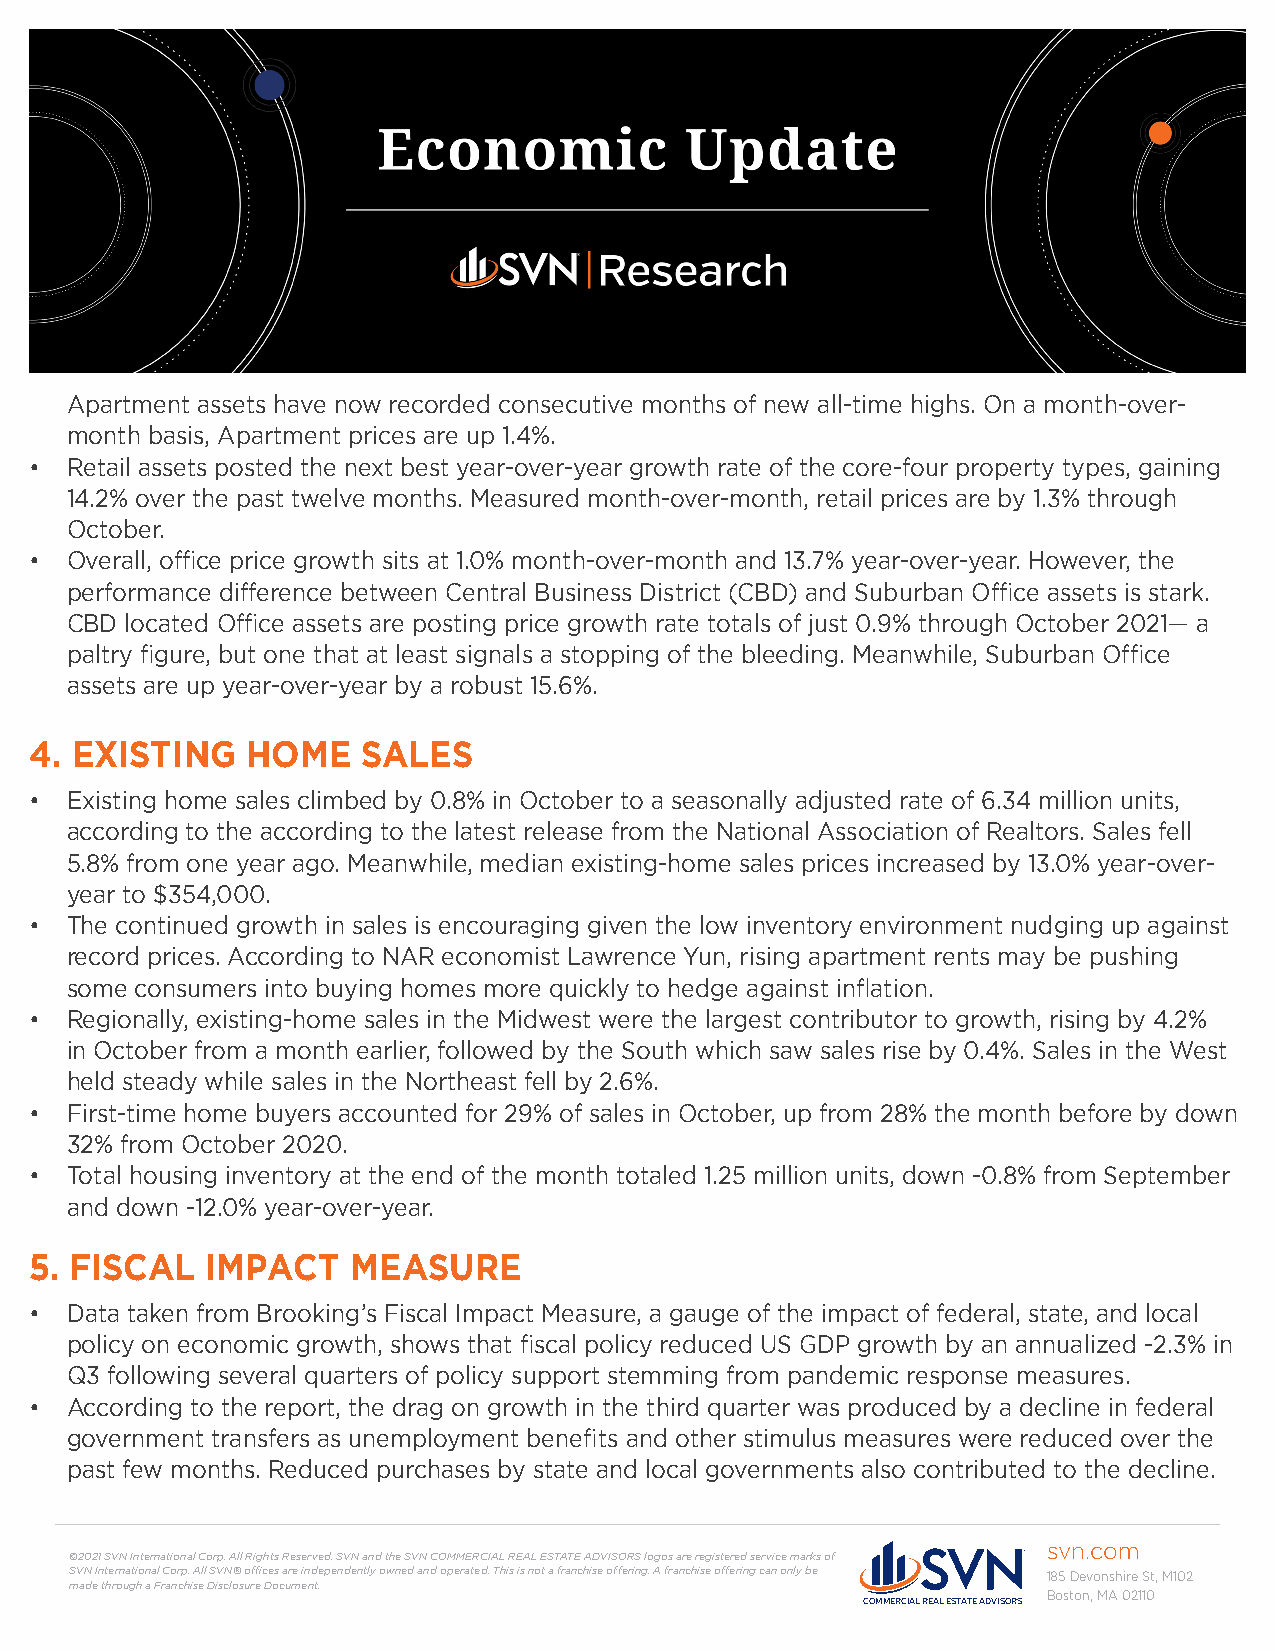
Apartment assets have now recorded consecutive months of new all-time highs. On a month-over-
 month basis, Apartment prices are up 1.4%.
 • Retail assets posted the next best year-over-year growth rate of the core-four property types, gaining
 14.2% over the past twelve months. Measured month-over-month, retail prices are by 1.3% through
 October.
 • Overall, office price growth sits at 1.0% month-over-month and 13.7% year-over-year. However, the
 performance difference between Central Business District (CBD) and Suburban Office assets is stark.
 CBD located Office assets are posting price growth rate totals of just 0.9% through October 2021— a
 paltry figure, but one that at least signals a stopping of the bleeding. Meanwhile, Suburban Office
 assets are up year-over-year by a robust 15.6%.
 4. EXISTING   HOME    SALES
 • Existing home sales climbed by 0.8% in October to a seasonally adjusted rate of 6.34 million units,
 according to the according to the latest release from the National Association of Realtors. Sales fell
 5.8% from one year ago. Meanwhile, median existing-home sales prices increased by 13.0% year-over-
 year to $354,000.
 • The continued growth in sales is encouraging given the low inventory environment nudging up against
 record prices. According to NAR economist Lawrence Yun, rising apartment rents may be pushing
 some consumers into buying homes more quickly to hedge against inflation.
 • Regionally, existing-home sales in the Midwest were the largest contributor to growth, rising by 4.2%
 in October from a month earlier, followed by the South which saw sales rise by 0.4%. Sales in the West
 held steady while sales in the Northeast fell by 2.6%.
 • First-time home buyers accounted for 29% of sales in October, up from 28% the month before by down
 32% from October 2020.
 • Total housing inventory at the end of the month totaled 1.25 million units, down -0.8% from September
 and down -12.0% year-over-year.
 5. FISCAL   IMPACT   MEASURE
 • Data taken from Brooking’s Fiscal Impact Measure, a gauge of the impact of federal, state, and local
 policy on economic growth, shows that fiscal policy reduced US GDP growth by an annualized -2.3% in
 Q3 following several quarters of policy support stemming from pandemic response measures.
 • According to the report, the drag on growth in the third quarter was produced by a decline in federal
 government transfers as unemployment benefits and other stimulus measures were reduced over the
 past few months. Reduced purchases by state and local governments also contributed to the decline.
 svn.com
 ©2021 SVN International Corp. All Rights Reserved. SVN and the SVN COMMERCIAL REAL ESTATE ADVISORS logos are registered service marks of
 SVN International Corp. All SVN® offices are independently owned and operated. This is not a franchise offering. A franchise offering can only be 185 Devonshire St, M102
 made through a Franchise Disclosure Document.
 Boston, MA 02110
 COMMERCIAL REAL ESTATE ADVISORS